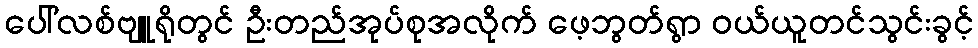
ပေါ်လစ်ဗျူရိုတွင် ဦးတည်အုပ်စုအလိုက် ဖေ့ဘွတ်ရွာ ဝယ်ယူတင်သွင်းခွင့်